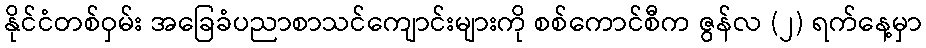
နိုင်ငံတစ်ဝှမ်း အခြေခံပညာစာသင်ကျောင်းများကို စစ်ကောင်စီက ဇွန်လ (၂) ရက်နေ့မှာ